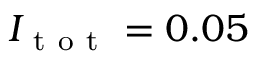
I _ { \mathrm { ~ t ~ o ~ t ~ } } = 0 . 0 5